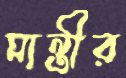
মান্ত্রীর